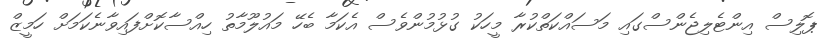
ޕޮލިސް އިންޓެލިޖެންސްގައި މަސައްކަތްކުރާ މީހަކު ގުޅުމުންވެސް އެކަމާ ބެހޭ މައުލޫމާތު ހިއްސާކޮށްފައިވާނެކަމަށް ހަމީޒް